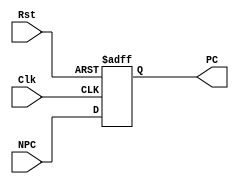
`timescale 1ns / 1ps
//////////////////////////////////////////////////////////////////////////////////
// Company: 
// Engineer: 
// 
// Design Name: 
// Module Name: PC
// Project Name: 
// Target Devices: 
// Tool Versions: 
// Description: 
// 
// Dependencies: 
// 
// Revision:
// Revision 0.01 - File Created
// Additional Comments:
// 
//////////////////////////////////////////////////////////////////////////////////


module PC(
    input [31:0] NPC,
    input Clk,
    input Rst,
    output reg[31:0] PC
    );
    always @(posedge Clk, posedge Rst)
    begin
        if (Rst)
           PC  <= 32'h00003000;
        else if (Clk)
           PC <= NPC;
    end
endmodule